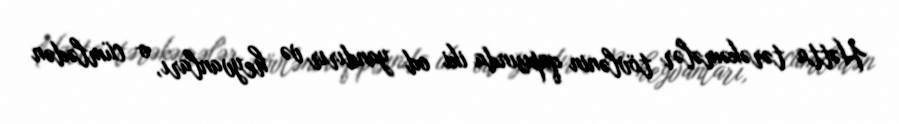
Hətta tərəkəmələr tövlənin qapısında iki od yandırır və heyvanları, o cümlədən